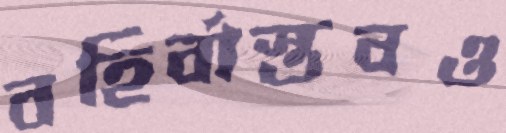
বহির্বাস্তবও